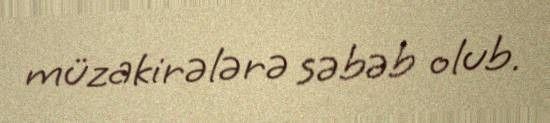
müzakirələrə səbəb olub.